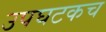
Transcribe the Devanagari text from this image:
उपघटकच